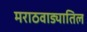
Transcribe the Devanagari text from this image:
मराठवाड्यातिल